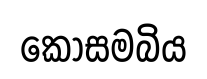
කොසමබිය